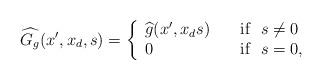
LaTeX: \begin{align*} \widehat{G_g}(x^\prime, x_d, s)=\left\{\begin{array}{ll} \widehat{g}(x^\prime, x_d s)&\quad\mbox{if}~~s\ne 0\\0&\quad\mbox{if}~~s= 0, \end{array} \right.\end{align*}